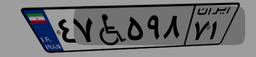
۴۷W۵۹۸۷۱